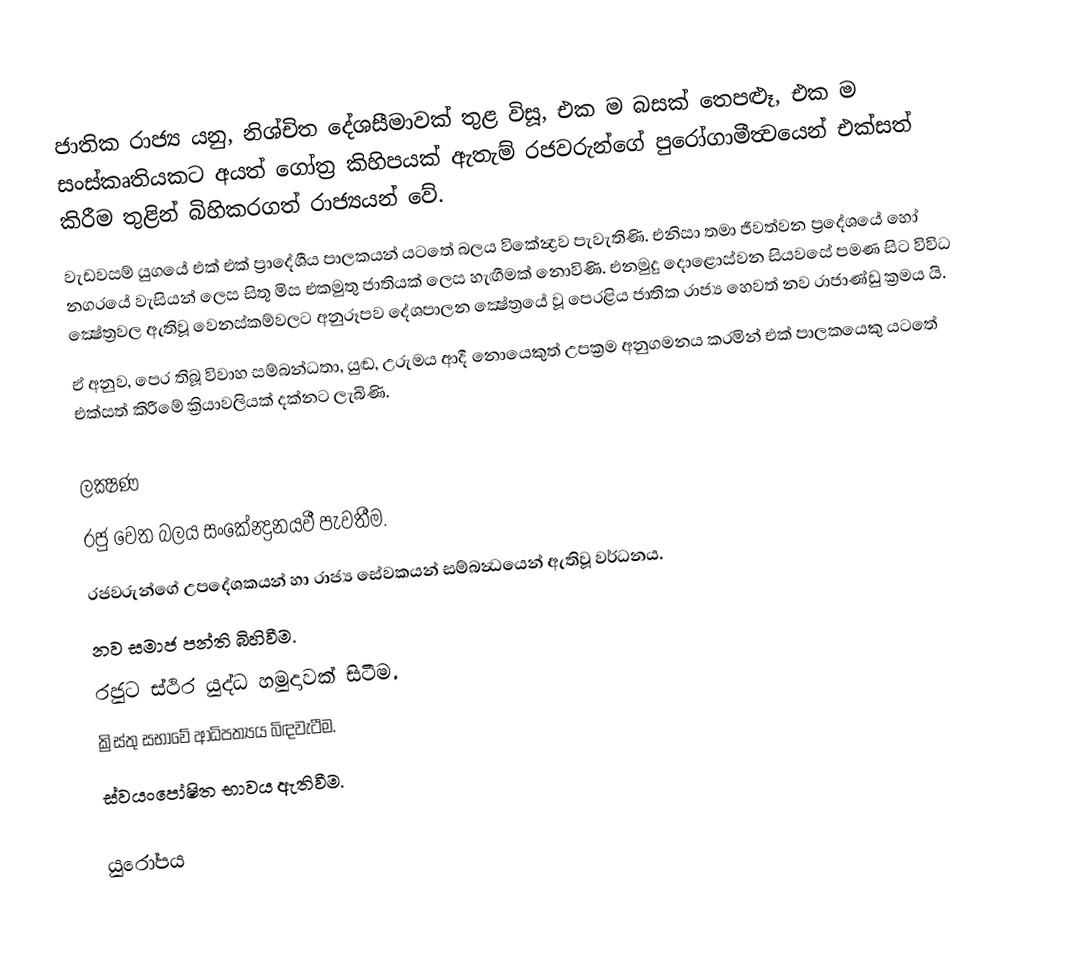
ජාතික රාජ්‍ය යනු, නිශ්චිත දේශසීමාවක් තුළ විසූ, එක ම බසක් තෙපළූ, එක ම සංස්කෘතියකට අයත් ගෝත්‍ර කිහිපයක් ඇතැම් රජවරුන්ගේ පුරෝගාමීත්‍වයෙන් එක්සත් කිරීම තුළින් බිහිකරගත් රාජ්‍යයන් වේ.
වැඩවසම් යුගයේ එක් එක් ප්‍රාදේශීය පාලකයන් යටතේ බලය විකේන්‍ද්‍රව පැවැතිණි. එනිසා තමා ජීවත්වන ප්‍රදේශයේ හෝ නගරයේ වැසියන් ලෙස සිතූ මිස එකමුතු ජාතියක් ලෙස හැඟීමක් නොවිණි. එනමුදු දොළොස්වන සියවසේ පමණ සිට විවිධ ක්‍ෂේත්‍රවල ඇතිවූ වෙනස්කම්වලට අනුරූපව දේශපාලන ක්‍ෂේත්‍රයේ වූ පෙරළිය ජාතික රාජ්‍ය හෙවත් නව රාජාණ්ඩු ක්‍රමය යි.
ඒ අනුව, පෙර තිබූ විවාහ සම්බන්ධතා, යුඬ, උරුමය ආදී නොයෙකුත් උපක්‍රම අනුගමනය කරමින් එක් පාලකයෙකු යටතේ එක්සත් කිරීමේ ක්‍රියාවලියක් දක්නට ලැබිණි.

ලක්‍ෂණ
 රජු වෙත බලය සංකේන්‍ද්‍රනයවී පැවතීම.
 රජවරුන්ගේ උපදේශකයන් හා රාජ්‍ය සේවකයන් සම්බන්‍ධයෙන් ඇතිවූ වර්ධනය.
 නව සමාජ පන්ති බිහිවීම.
 රජුට ස්ථිර යුද්ධ හමුදාවක් සිටීම.
 ක්‍රිස්තු සභාවේ ආධිපත්‍යය බිඳවැටීම.
 ස්වයංපෝෂිත භාවය ඇතිවීම.

යුරෝපය